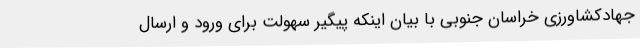
جهادکشاورزی خراسان جنوبی با بیان اینکه پیگیر سهولت برای ورود و ارسال